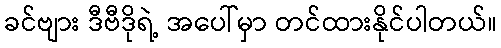
ခင်ဗျား ဒီဗီဒိုရဲ့ အပေါ်မှာ တင်ထားနိုင်ပါတယ်။